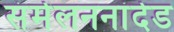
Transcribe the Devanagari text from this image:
संमेलननांदेड